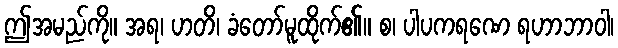
ဤအမည်ကို။ အရ၊ ဟတိ၊ ခံတော်မူထိုက်၏။ စ၊ ပါပကရဏေ ရဟာဘာဝါ၊